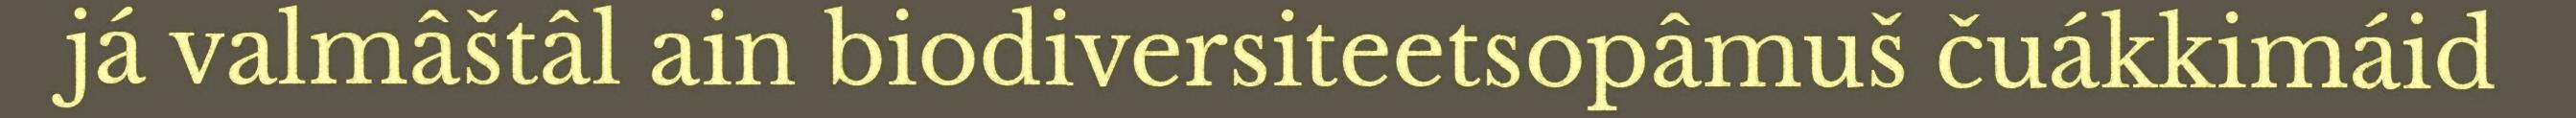
já valmâštâl ain biodiversiteetsopâmuš čuákkimáid